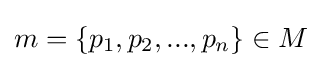
m=\{p_{1},p_{2},...,p_{n}\}\in M